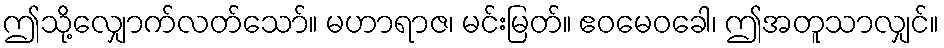
ဤသို့လျှောက်လတ်သော်။ မဟာရာဇ၊ မင်းမြတ်။ ဧဝမေဝခေါ၊ ဤအတူသာလျှင်။